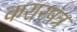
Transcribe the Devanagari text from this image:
करारपत्र